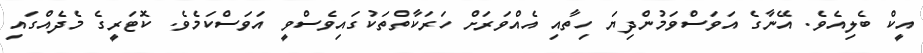
އީކް ބެލިއެވެ. އޭނާގެ އަވަސްވަމުންދިޔަ ހިތާއި އެއްވަރަށް ހަރަކާތްތަކުގައިވެސްވީ އަވަސްކަމެވެ. ކޮޓަރީގެ މެދެއްގައި